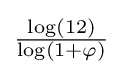
\textstyle {\frac {\log(12)}{\log(1+\varphi )}}